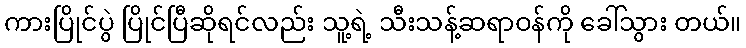
ကားပြိုင်ပွဲ ပြိုင်ပြီဆိုရင်လည်း သူ့ရဲ့ သီးသန့်ဆရာဝန်ကို ခေါ်သွား တယ်။